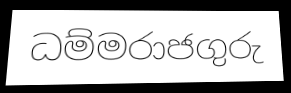
ධම්මරාජගුරු